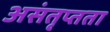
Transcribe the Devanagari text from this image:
असंतृप्तता